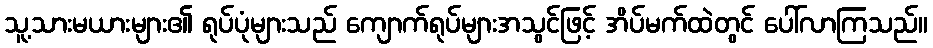
သူ့သားမယားများ၏ ရုပ်ပုံများသည် ကျောက်ရုပ်များအသွင်ဖြင့် အိပ်မက်ထဲတွင် ပေါ်လာကြသည်။